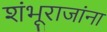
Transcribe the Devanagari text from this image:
शंभूराजांना